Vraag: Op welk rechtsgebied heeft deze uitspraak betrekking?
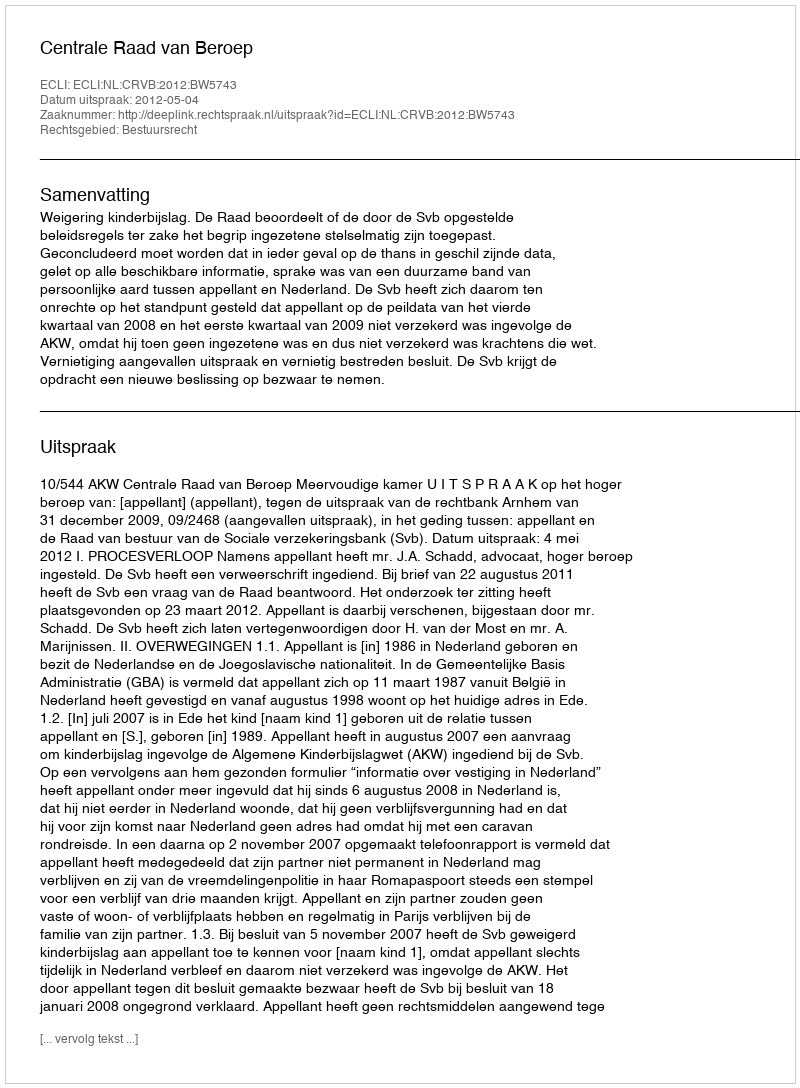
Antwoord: Bestuursrecht